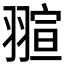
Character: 𮋌